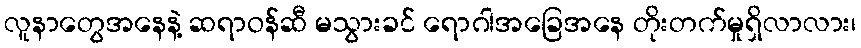
လူနာတွေအနေနဲ့ ဆရာဝန်ဆီ မသွားခင် ရောဂါအခြေအနေ တိုးတက်မှုရှိလာလား၊